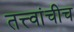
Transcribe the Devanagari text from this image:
तत्त्वांचीच